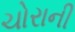
ચોરાની